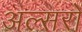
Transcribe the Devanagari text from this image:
अल्सरों